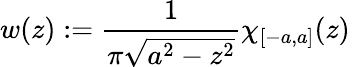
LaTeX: w(z):=\frac{1}{\pi\sqrt{a^{2}-z^{2}}}\chi_{[-a,a]}(z)\,